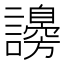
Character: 𧭮